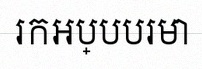
រកអប្បបរមា